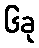
၆ခု